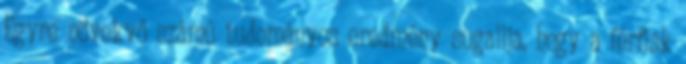
Egyre növekvő számú tudományos eredmény sugallja, hogy a férfiak